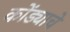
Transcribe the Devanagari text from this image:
कोंड्याचे